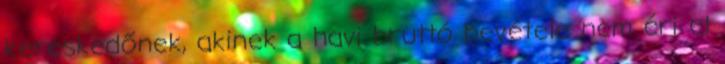
kereskedőnek, akinek a havi bruttó bevétele nem éri el